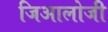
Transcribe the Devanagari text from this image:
जिआलोजी